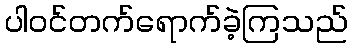
ပါဝင်တက်ရောက်ခဲ့ကြသည်